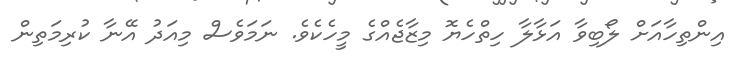
އިންތިހާއަށް ލޯބިވާ އަޅާލާ ހިތްހެޔޮ މިޒާޖެއްގެ މީހެކެވެ. ނަމަވެސް މިއަދު އޭނާ ކުރިމަތިން